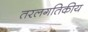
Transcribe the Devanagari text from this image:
तरलगतिकीय